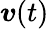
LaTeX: \boldsymbol{v}(t)